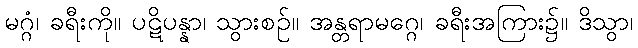
မဂ္ဂံ၊ ခရီးကို။ ပဋိပန္နာ၊ သွားစဉ်။ အန္တရာမဂ္ဂေ၊ ခရီးအကြား၌။ ဒိသွာ၊